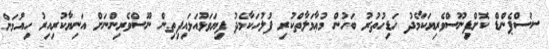
ސަސްޕެންޑް ކޮށްފިނޫސްވެރިޔަކާމެދު ހަޑިހުތުރު ބަހުން މުޢާމަލާތްކުރި ފުލުހަކާމެދު ފިޔަވަޅުއަޅައިފިތިން ނޫސްވެރިންނަށް އަނިޔާކުރިއިރު ހިއުމަން